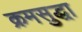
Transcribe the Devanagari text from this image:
क्रमसुद्धा